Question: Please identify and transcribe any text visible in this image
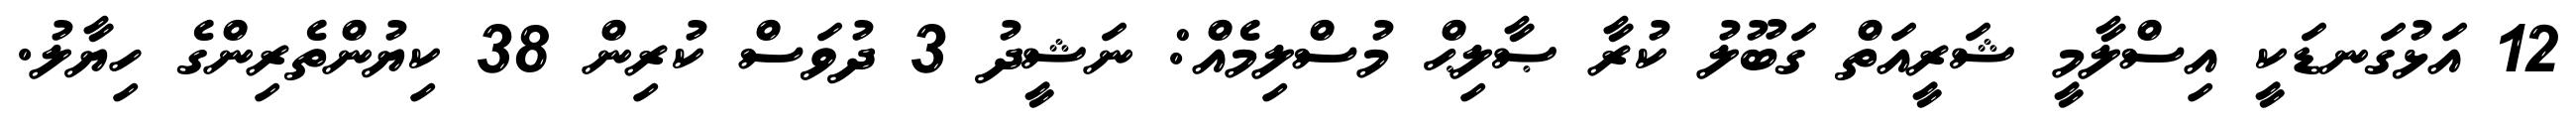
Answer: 12 އަޅުގަނޑަކީ އިސްލާމީ ޝަރީއަތް ގަބޫލު ކުރާ ޞާލިޙް މުސްލިމެއް: ނަޝީދު 3 ދުވަސް ކުރިން 38 ކިޔުންތެރިންގެ ހިޔާލު.